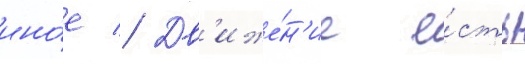
ино́е // Дв'иже́н'ие е́сть